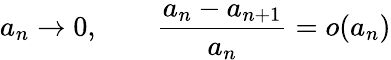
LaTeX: a_{n}\rightarrow 0,\qquad{\frac{a_{n}-a_{n+1}}{a_{n}}}=o(a_{n})